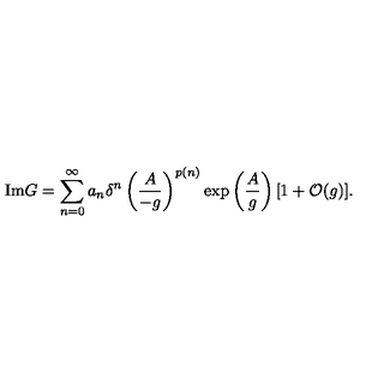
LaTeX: \mathrm { I m } G = \sum _ { n = 0 } ^ { \infty } a _ { n } { \delta } ^ { n } \left( \frac { A } { - g } \right) ^ { p ( n ) } \exp \left( \frac { A } { g } \right) [ 1 + { \cal O } ( g ) ] .